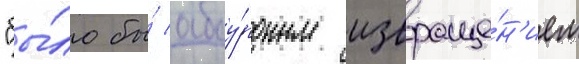
"бы́ло бы́ абсу́рдным извраще́н'ием